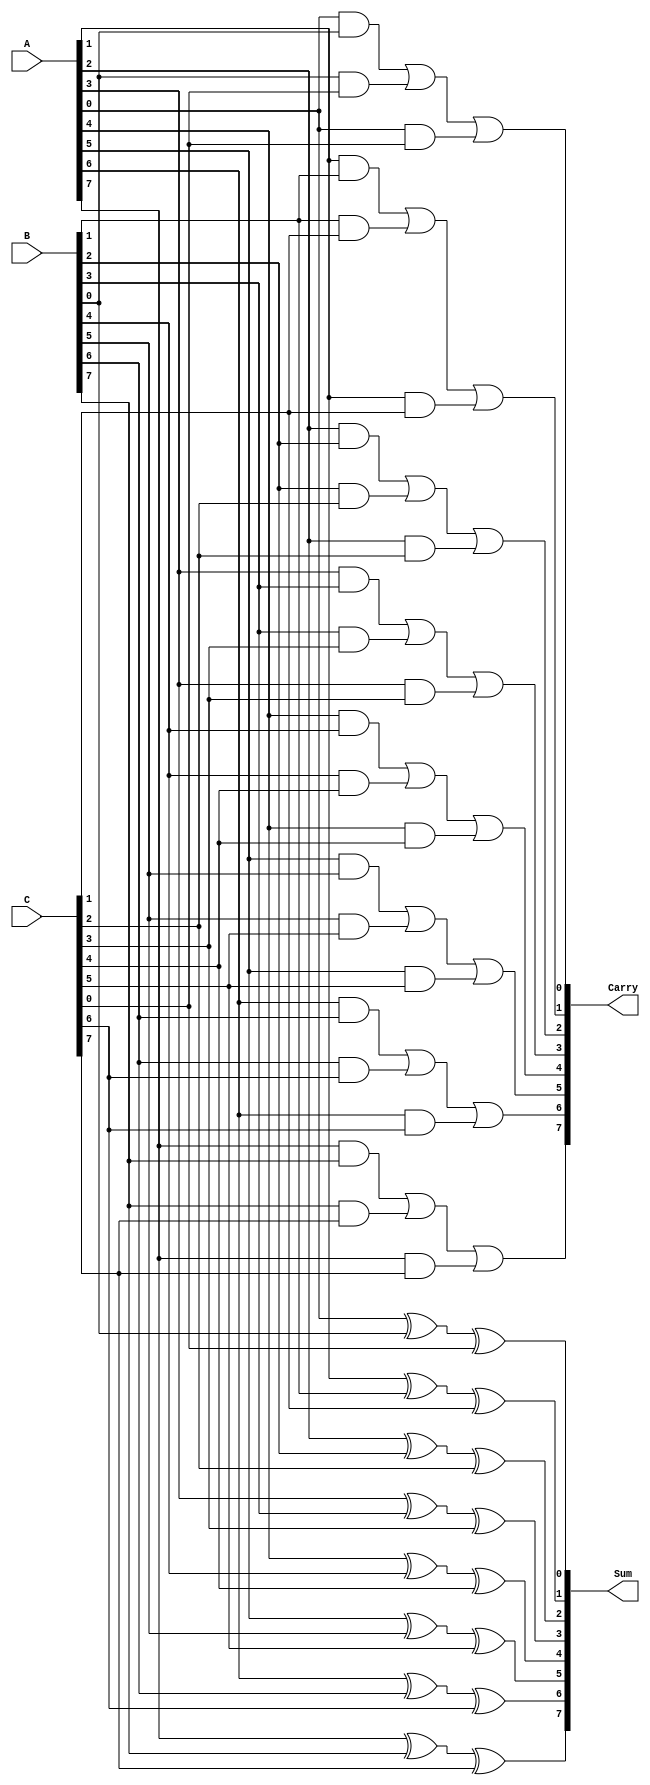
module CarrySaveAdder #(parameter N = 8) (
    input [N-1:0] A,
    input [N-1:0] B,
    input [N-1:0] C,
    output [N:0] Sum,      // Output width N+1 to accommodate carry out
    output [N-1:0] Carry
);

    wire [N:0] P;          // Partial Sums
    wire [N-1:0] G;        // Carries

    // Generate Partial Sums and Carries
    genvar i;
    generate
        for (i = 0; i < N; i = i + 1) begin : csa
            // Each full adder takes 3 inputs (A[i], B[i], C[i])
            // Compute partial sum
            assign P[i] = A[i] ^ B[i] ^ C[i];
            // Compute carry
            assign G[i] = (A[i] & B[i]) | (B[i] & C[i]) | (A[i] & C[i]);
        end
    endgenerate

    // Final carry from the last least significant bit (LSB)
    assign Carry = G;              // Output of carries
    assign Sum = {G[N-1], P};      // Total sum including the final carry

endmodule